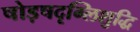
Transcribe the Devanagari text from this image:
षोड़षदृग्लिशुद्धि